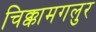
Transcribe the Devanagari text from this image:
चिक्कामगलुर